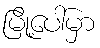
မြို့ပေါ်မှာ